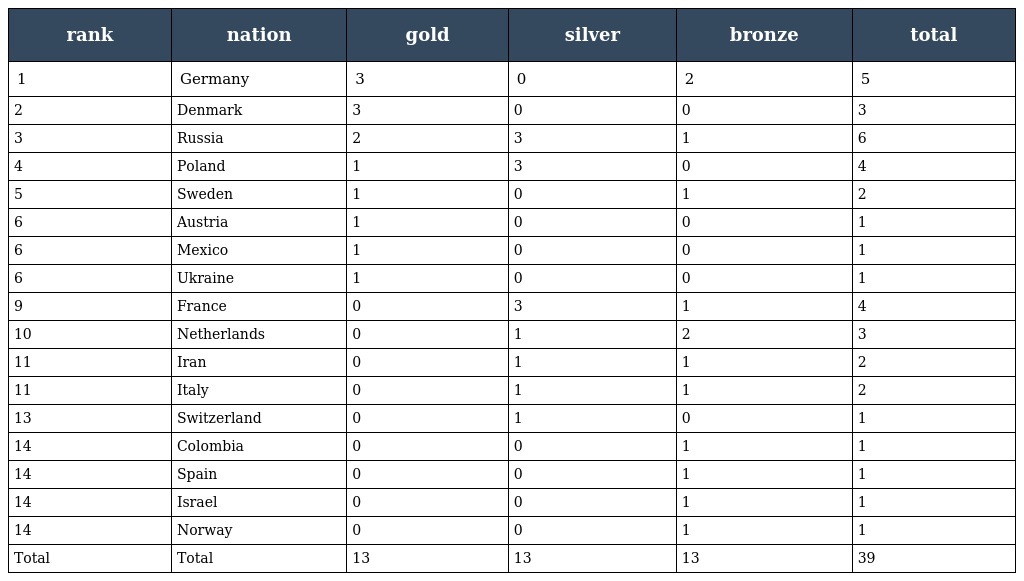
| rank | nation | gold | silver | bronze | total |
 | --- | --- | --- | --- | --- | --- |
 | 1 | Germany | 3 | 0 | 2 | 5 |
 | 2 | Denmark | 3 | 0 | 0 | 3 |
 | 3 | Russia | 2 | 3 | 1 | 6 |
 | 4 | Poland | 1 | 3 | 0 | 4 |
 | 5 | Sweden | 1 | 0 | 1 | 2 |
 | 6 | Austria | 1 | 0 | 0 | 1 |
 | 6 | Mexico | 1 | 0 | 0 | 1 |
 | 6 | Ukraine | 1 | 0 | 0 | 1 |
 | 9 | France | 0 | 3 | 1 | 4 |
 | 10 | Netherlands | 0 | 1 | 2 | 3 |
 | 11 | Iran | 0 | 1 | 1 | 2 |
 | 11 | Italy | 0 | 1 | 1 | 2 |
 | 13 | Switzerland | 0 | 1 | 0 | 1 |
 | 14 | Colombia | 0 | 0 | 1 | 1 |
 | 14 | Spain | 0 | 0 | 1 | 1 |
 | 14 | Israel | 0 | 0 | 1 | 1 |
 | 14 | Norway | 0 | 0 | 1 | 1 |
 | Total | Total | 13 | 13 | 13 | 39 |